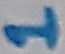
Text: 1